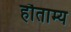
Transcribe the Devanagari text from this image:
हौताम्य